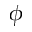
\phi